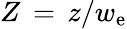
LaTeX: Z\, =\, z/w_{\mathrm{e}}